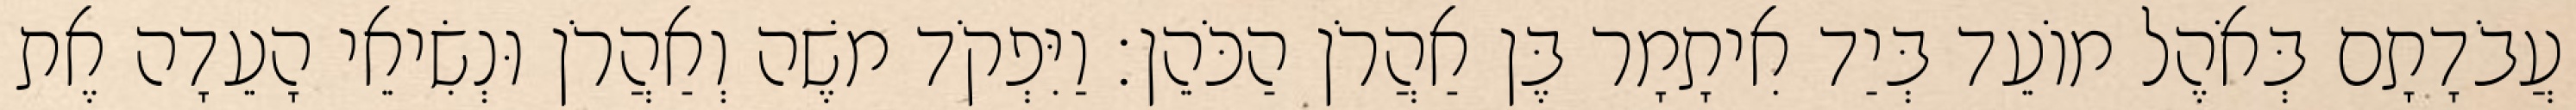
עֲבֹדָתָם בְּאֹהֶל מוֹעֵד בְּיַד אִיתָמָר בֶּן אַהֲרֹן הַכֹּהֵן׃ וַיִּפְקֹד משֶׁה וְאַהֲרֹן וּנְשִׂיאֵי הָעֵדָה אֶת